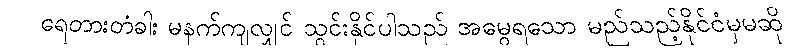
ရေတားတံခါး မနက်ကျလျှင် သွင်းနိုင်ပါသည် အမွေရသော မည်သည့်နိုင်ငံမှမဆို